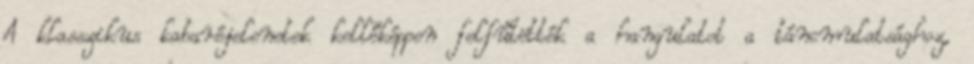
A klasszikus kabaréjelenetek kellőképpen felfűtötték a hangulatot a táncmulatsághoz,